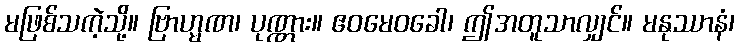
မဖြစ်သကဲ့သို့။ ဗြာဟ္မဏ၊ ပုဏ္ဏား။ ဧဝမေဝခေါ၊ ဤအတူသာလျှင်။ မနုဿာနံ၊